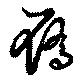
屩